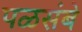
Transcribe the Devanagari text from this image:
पळसंबे